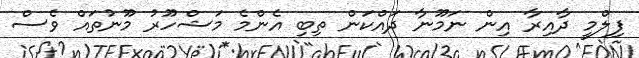
ފިލްމީ ދާއިރާ އިން ނަމޫނާ ދައްކަން ތިބި އެންމެ މަޝްހޫރު މޫނުތައް ވެސް